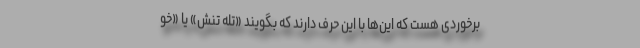
برخوردی هست که این‌ها با این حرف دارند که بگویند «تله تنش» یا «خو